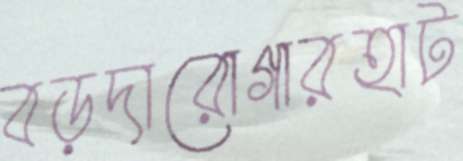
বড়দারোগারহাট